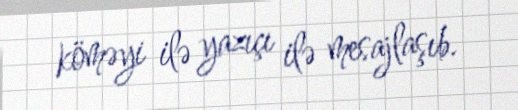
köməyi ilə yazıçı ilə mesajlaşıb.